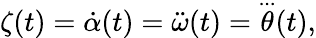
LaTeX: \zeta(t)={\dot{\alpha}}(t)={\ddot{\omega}}(t)={\overset{...}{\theta}}(t),